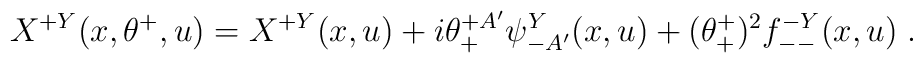
X^{+Y}(x,\theta^+,u) = X^{+Y}(x,u) + i\theta^{+A'}_+\psi^Y_{-A'}(x,u)+(\theta^+_+)^2 f^{-Y}_{--}(x,u)\; .